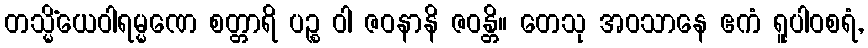
တသ္မိံယေဝါရမ္မဏေ စတ္တာရိ ပဉ္စ ဝါ ဇဝနာနိ ဇဝန္တိ။ တေသု အဝသာနေ ဧကံ ရူပါဝစရံ,